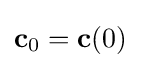
\mathbf {c} _{0}=\mathbf {c} (0)